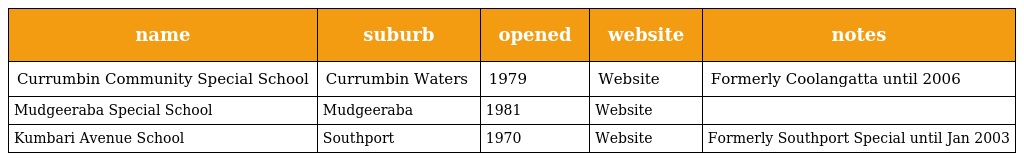
| name | suburb | opened | website | notes |
 | --- | --- | --- | --- | --- |
 | Currumbin Community Special School | Currumbin Waters | 1979 | Website | Formerly Coolangatta until 2006 |
 | Mudgeeraba Special School | Mudgeeraba | 1981 | Website |  |
 | Kumbari Avenue School | Southport | 1970 | Website | Formerly Southport Special until Jan 2003 |